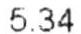
5.34